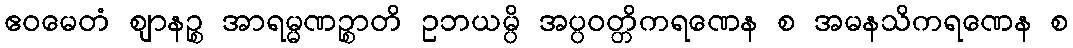
ဧဝမေတံ ဈာနဉ္စ အာရမ္မဏဉ္စာတိ ဥဘယမ္ပိ အပ္ပဝတ္တိကရဏေန စ အမနသိကရဏေန စ